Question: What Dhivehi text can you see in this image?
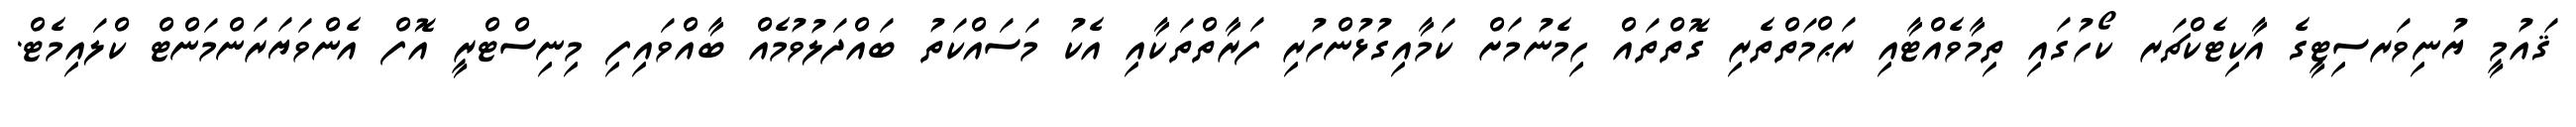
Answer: ޤައުމީ ޔުނިވަރސިޓީގެ އާކިޓެކްޗަރ ކޯހުގައި ތިމާވެއްޓާއި ރަޙްމަތްތެރި ގޮތްތައް ހިމެނުމަށް ކަމާއިގުޅުންހުރި ފަރާތްތަކާއި އެކު މަސައްކަތު ބައްދަލުވުމެއް ބާއްވައިފި މިނިސްޓްރީ އޮފް އެންވަޔަރަންމަންޓް ކްލައިމެޓް.